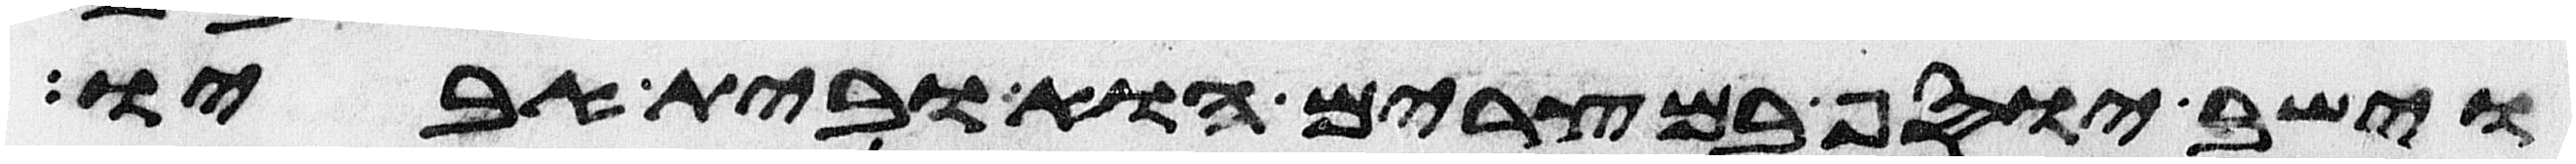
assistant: וישב יוסף במצרים הוא ובית אביו